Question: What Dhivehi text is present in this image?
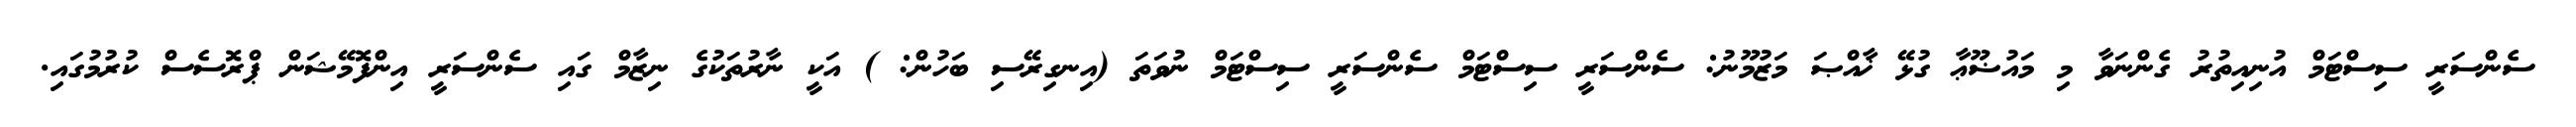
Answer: ސެންސަރީ ސިސްޓަމް އުނިއިތުރު ގެންނަވާ މި މައުޟޫޢާ ގުޅޭ ޚާއްޞަ މަޒުމޫނު: ސެންސަރީ ސިސްޓަމް ސެންސަރީ ސިސްޓަމް ނުވަތަ (އިނގިރޭސި ބަހުން: ) އަކީ ނާރުތަކުގެ ނިޒާމް ގައި ސެންސަރީ އިންފޮމޭޝަން ޕްރޮސެސް ކުރުމުގައި.